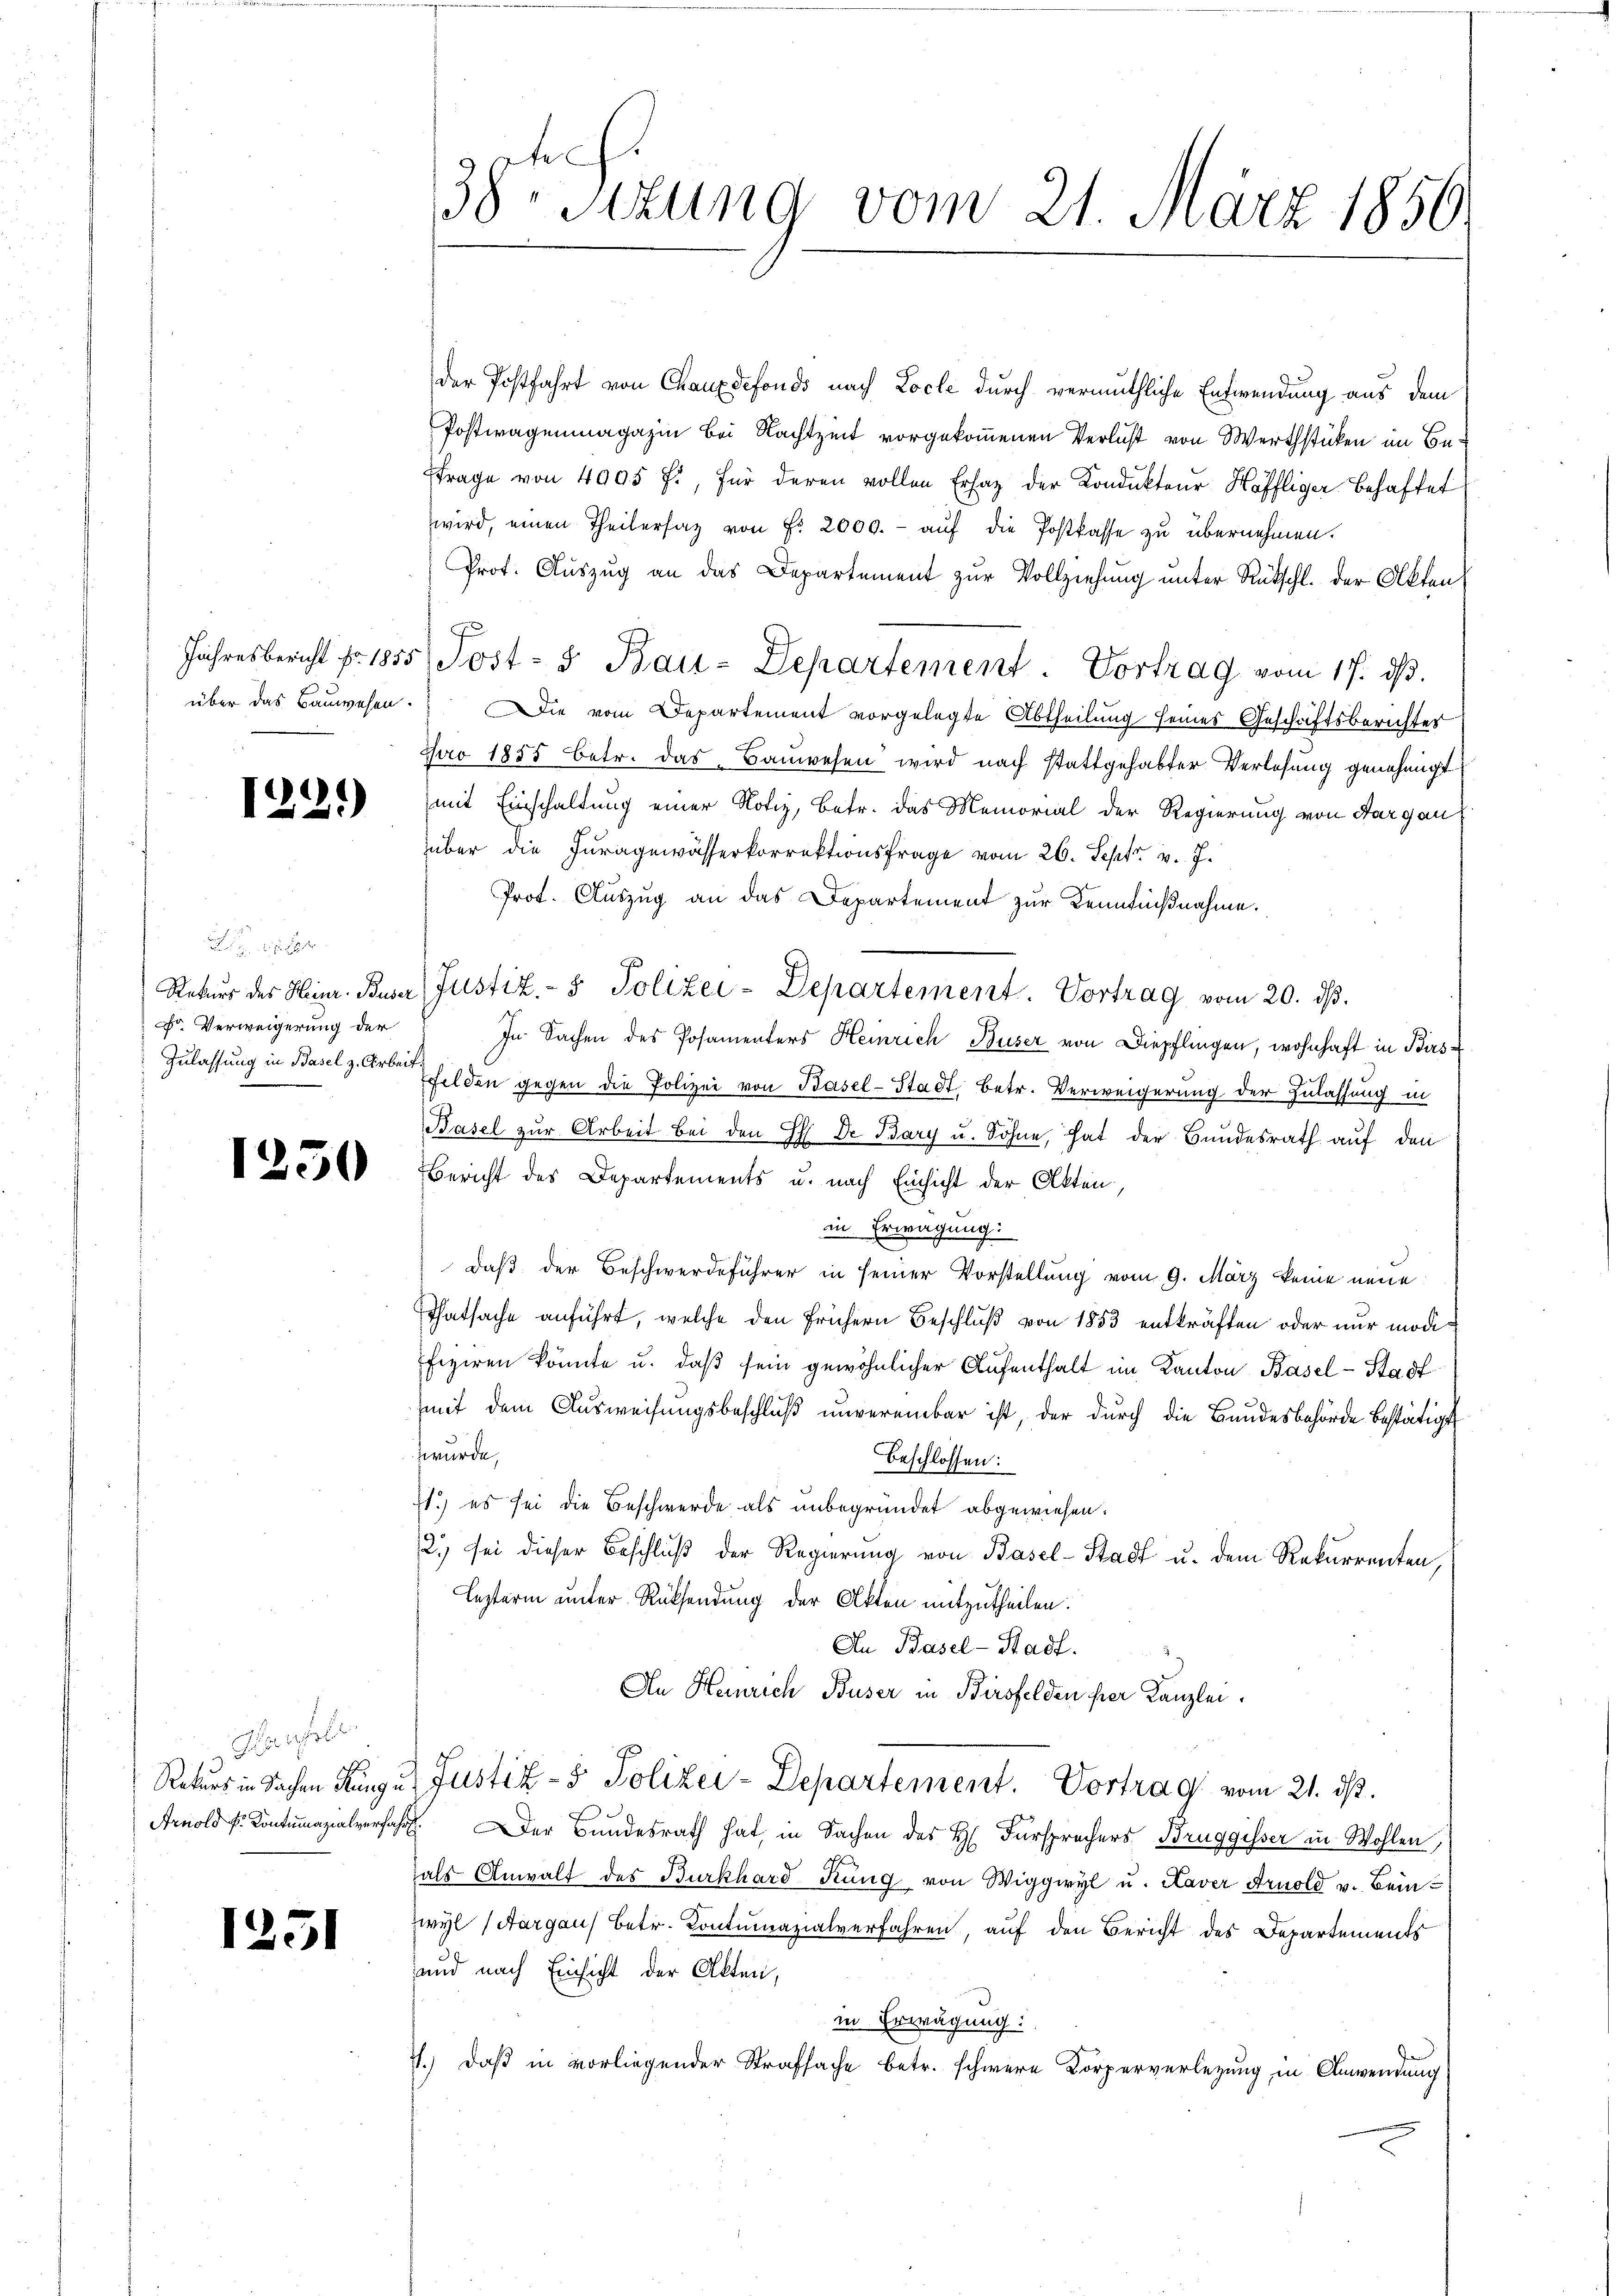
1221)

Fr Verweigerung der

Hauhole

1231

38te Sitzung vom 21. März 1856

der Postfahrt von Chauxdefonds nach Loche durch vermuthliche Entwendung aus dem
Postwagenmagazin bei Nachtzeit vorgekommenen Verlust von Werthstücken im Be¬
Frage von 4005 f., für deren vollen Ersatz der Kondukteur Häffliger Behaftet
wird, einen Theilersatz von Fr. 2000. - auf die Postkasse zu übernehmen.
Prof. Auszug an das Departement zur Vollziehung unter Rückschl. der Akten
Jahresbericht fr. 1855 Post- & Bau-Departement. Vortrag vom 17. dβ.
über das Bauwesen. Die vom Departement vorgelegte Abtheilung seines Geschäftsberichtes
pro 1885 betr. das Bauwesen wird nach stattgehabter Verlesung genehmigt
mit Einschaltung einer Notiz, Betr. das Memorial der Regierung von Aargau
über die Juragewässerkorrektionsfrage vom 26. Sept. v. J.
Prot. Auszug an das Departement zur Kenntnißnahme.
Rekurs des Heinr. Buser Justiz- & Polizei-Departement. Vortrag vom 20. dβ.
In Sachen des Posamenters Heinrich Buser von Diepflingen, wohnhaft in Birs¬
Zulassung in Basel z. Arten Felden gegen die Polizei von Basel-Stadt, betr. Verweigerung der Zulassung in
Basel zur Arbeit bei den H. Dr Bary u. Söhne, hat der Bundesrath auf den
5 Bericht des Departements u. nach Einsicht der Akten,
in Erwägung:
daß der Beschwerdeführer in seiner Vorstellung vom 9. März keine neue
Thatsache anführt, welche den frühern Beschluß von 1853 entkräften oder nur modifiziren könnte u. daβ sein gewöhnlicher Aufenthalt im Kanton Basel-Stadt
mit dem Ausweisungsbeschluß unvereinbar ist, der durch die Bundesbehörde bestätigt
wurde,
beschlossen:
71.) es sei die Beschwerde als unbegründet abgewiesen.
2) sei dieser Beschluß der Regierung von Basel-Stadt u. dem Rekurrenten,
Lezterm unter Rücksendung der Akten mitzutheilen.
An Basel-Stadt.
An Heinrich Buser in Birsfelden hier Kanzlei.
Rekurs in Sachen Ringer Justiz- & Polizei-Departement. Vortrag vom 21. ds.
Arnold u. Kontumazialverfahr. Der Bundesrath hat, in Sachen des H. Fürsprochers Bruggisser in Wohlen,
als Anwalt des Burkhard Küng von Wiggwyl u. Kaver Arnold v. Beinzwyl (Aargau betr. Contumazialverfahren, auf den Bericht des Departements
und nach Einsicht der Alten,
in Erwägung:
7.) Daß in vorliegender Strafsache betr. schwere Körperverlegung in Anwendung